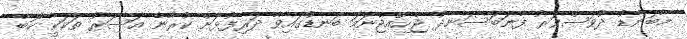
މާބަނޑު ދުވަސްވަރު ފާނަބަސަނދު ޖެހިއްޖެނަމަ ބަނޑުގައިވާ ދަރިފުޅަށް ކުރާނެ އަސަރު ތަކަކީ ކޮބާ